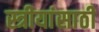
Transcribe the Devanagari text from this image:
स्त्रीयांसाठी